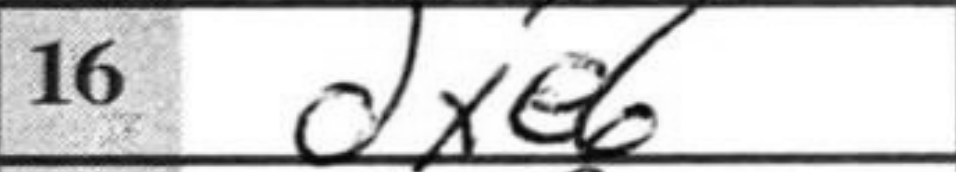
Transcription: dxe6